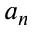
a _ { n }